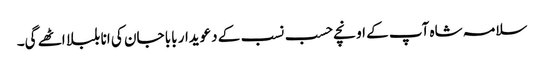
سلامہ شاہ آپ کے اونچے حسب نسب کے دعویدار بابا جان کی انا بلبلا اٹھے گی۔